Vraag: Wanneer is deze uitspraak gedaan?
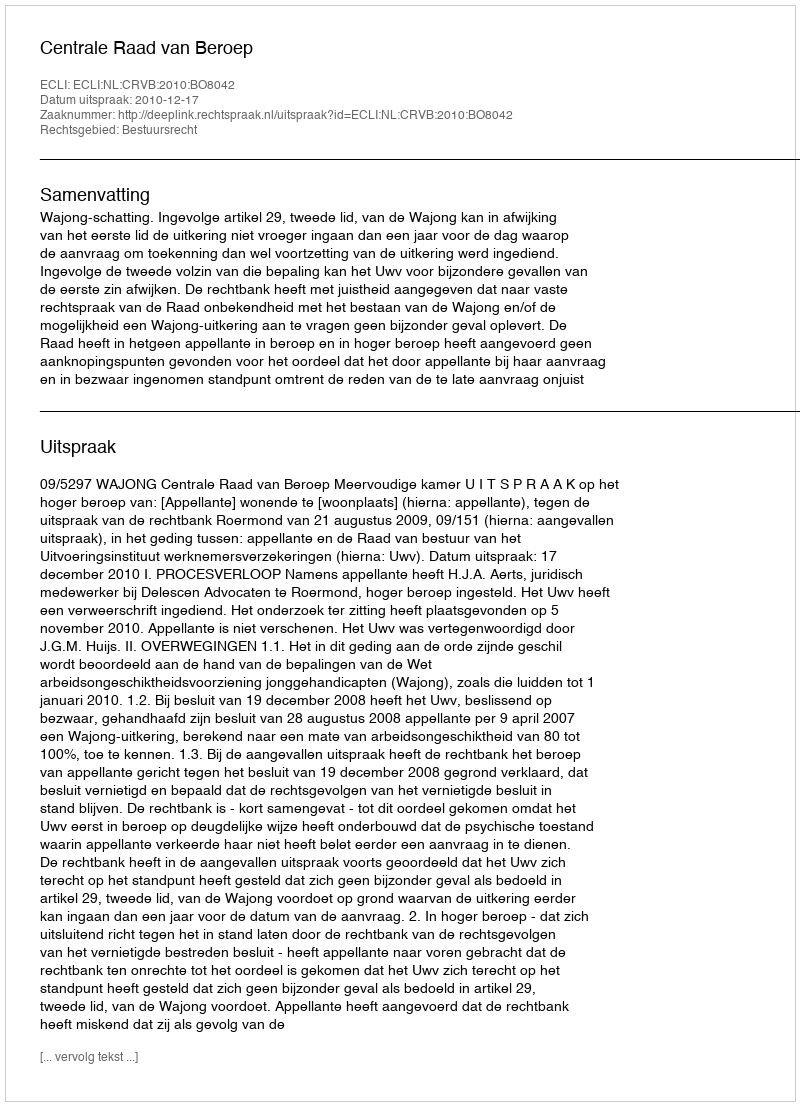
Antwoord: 2010-12-17